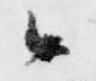
候